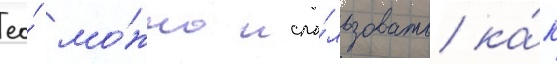
ео́ мо́жно испо́льзовать ка́к